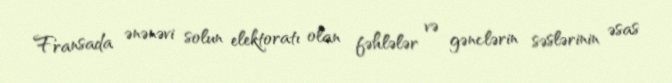
Fransada ənənəvi solun elektoratı olan fəhlələr və gənclərin səslərinin əsas